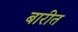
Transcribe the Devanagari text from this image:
बारीत